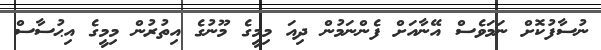
ނުސާފުކޮށް ނަމަވެސް އޭނާއަށް ފެންނަމުން ދިއަ މިމީގެ މޫނުގެ އިތުރުން މިމީގެ އިޙުސާސް